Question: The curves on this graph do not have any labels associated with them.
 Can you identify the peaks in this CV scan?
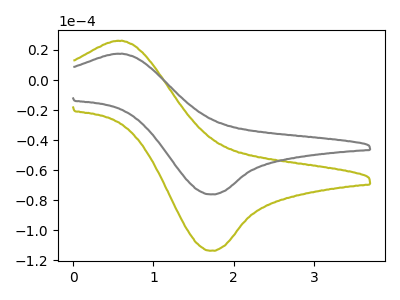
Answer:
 <answer>The olive curve "olive" has an anodic peak at (0.55V, 26.15uA) and a cathodic peak at (1.70V, -113.70uA). The gray curve "gray" has an anodic peak at (0.55V, 17.50uA) and a cathodic peak at (1.70V, -76.15uA).</answer>
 <eval></eval>